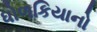
ધોળકિયાનો